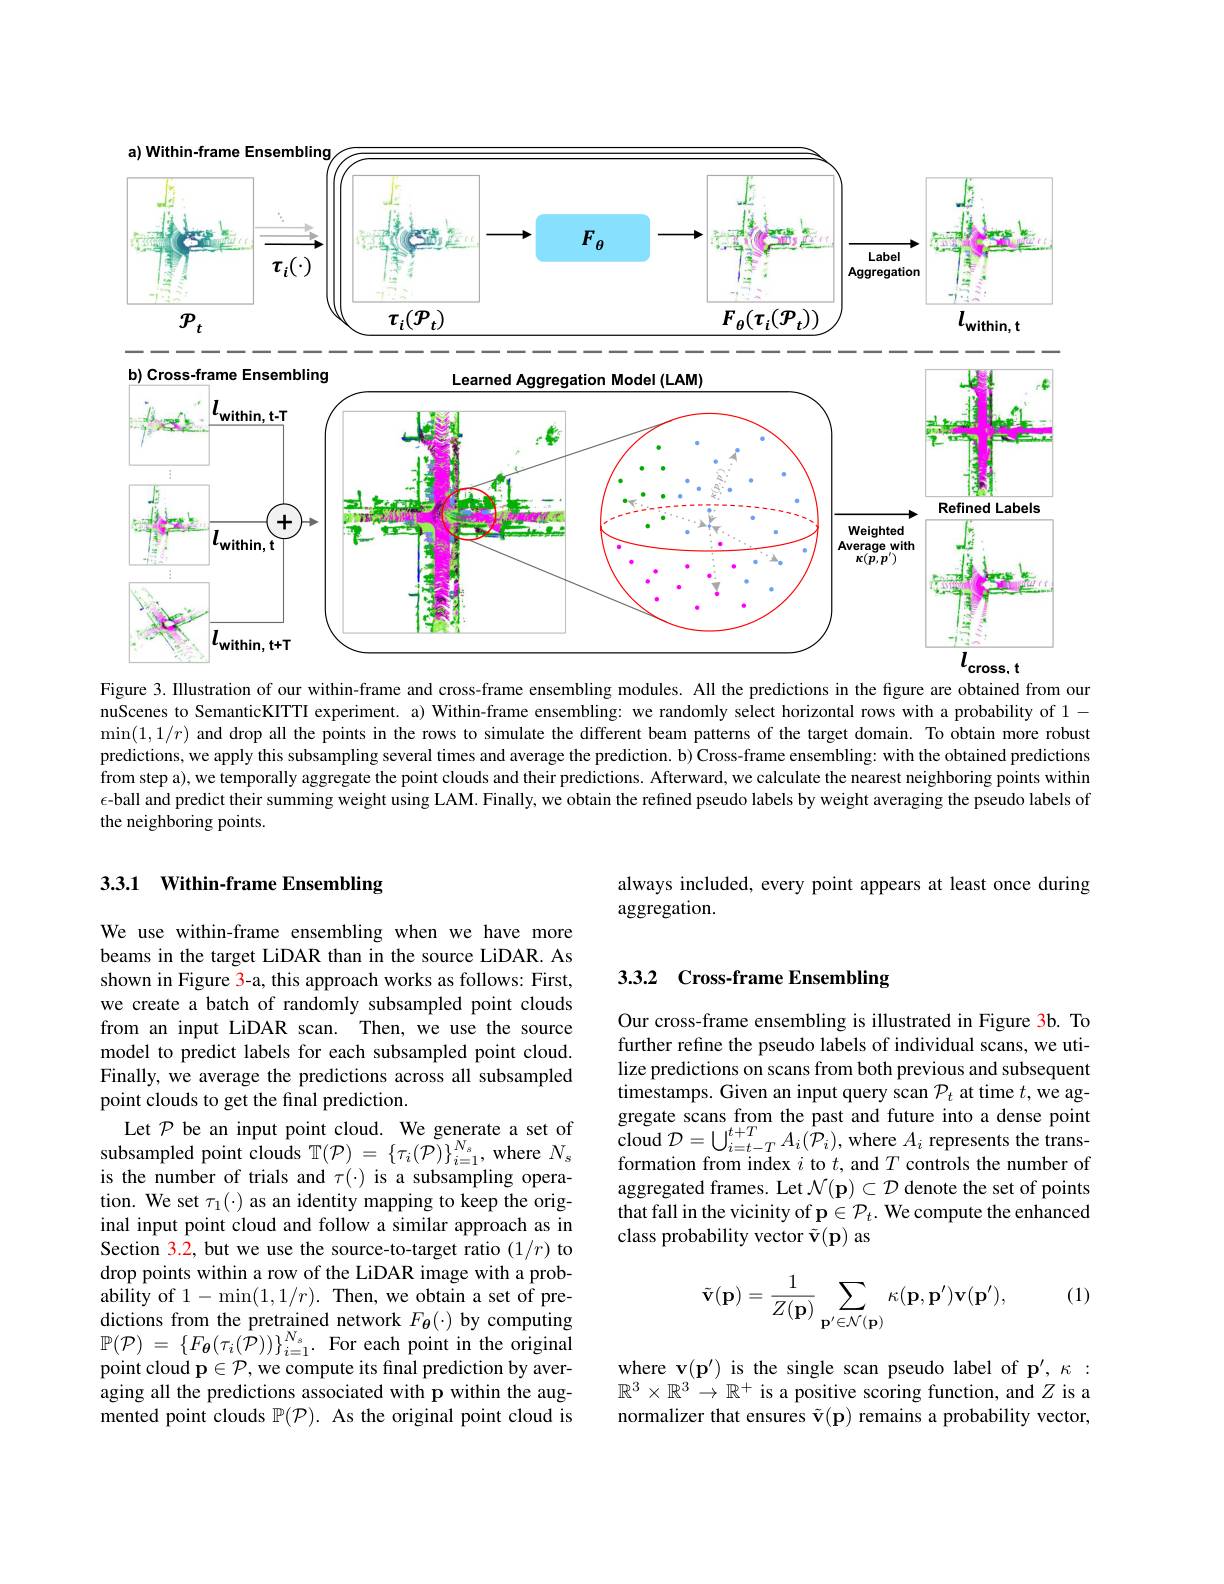
<FigureHere>

Figure 3. Illustration of our within-frame and cross-frame ensembling modules. All the predictions in the figure are obtained from our nuScenes to SemanticKITTI experiment. a) Within-frame ensembling: we randomly select horizontal rows with a probability of 1- $\min(1,1/r)$ and drop all the points in the rows to simulate the different beam patterns of the target domain. To obtain more robust predictions, we apply this subsampling several times and average the prediction. b) Cross-frame ensembling: with the obtained predictions from step a), we temporally aggregate the point clouds and their predictions. Afterward, we calculate the nearest neighboring points within $\epsilon$-ball and predict their summing weight using LAM. Finally, we obtain the refined pseudo labels by weight averaging the pseudo labels of the neighboring points.

## 3.3.1 Within-frame Ensembling

always included, every point appears at least once during
aggregation.

## 3.3.2 Cross-frame Ensembling

Our cross-frame ensembling is illustrated in Figure 3b. To further refine the pseudo labels of individual scans, we utilize predictions on scans from both previous and subsequent $\hat{\text{timestamps. Given an input query scan}}\mathcal{P}_{t}$ at time $t,\hat{\text{we ag-}}$ gregate scans from the past and future into a dense point $\begin{array}{l}{\mathrm{cloud~}\mathcal{D}=\bigcup_{i=t-T}^{t+T}A_{i}(\hat{\mathcal{P}}_{i}),\mathrm{where~}A_{i}\text{ represents the trans-}}\\{\mathrm{formation~from~index~}i\mathrm{~to~}t,\mathrm{~and~}T\text{ controls the number of}}\end{array}$ aggregated frames. Let $\mathcal{N}(\mathbf{p})\subset\mathcal{D}$ denote the set of points that fall in the vicinity of p $\in\mathcal{P}_t.$ We compute the enhanced class probability vector $\tilde{\mathbf{v}}(\mathbf{p})$ as

We use within-frame ensembling when we have more beams in the target LiDAR than in the source LiDAR. As shown in Figure 3-a, this approach works as follows: First, we create a batch of randomly subsampled point clouds from an input LiDAR scan. Then, we use the source model to predict labels for each subsampled point cloud. Finally, we average the predictions across all subsampled point clouds to get the final prediction.
$\begin{array}{c}\mathrm{Let~}\mathcal{P}&\mathrm{be~an~input~point~cloud.~We~generate~a~set~of}\\\mathrm{subsampled~point~clouds~T}(\mathcal{P})=\{\tau_i(\mathcal{P})\}_{i=1}^{N_s},\mathrm{where~}N_s\end{array}$ is the number of trials and $\tau(\cdot)$ is a subsampling operation. We set $\tau_1(\cdot)$ as an identity mapping to keep the original input point cloud and follow a similar approach as in Section 3.2, but we use the source-to-target ratio (1/r) to drop points within a row of the LiDAR image with a probability of $1-\min(1,1/r).$ Then, we obtain a set of predictions from the pretrained network $F_{\boldsymbol{\theta}}(\cdot)$ by computing $\mathbb{P} ( \mathcal{P} )$ = $\{ F_{\boldsymbol{\theta }}( \tau _{i}( \hat{\mathcal{P} } ) ) \} _{i= 1}^{N_{s}}.$ For each point in the original point cloud p$\in\mathcal{P}$, we compute its final prediction by averaging all the predictions associated with p within the augmented point clouds $\mathbb{P}(\mathcal{P}).$ As the original point cloud is

(1)
$$\tilde{\mathbf{v}}(\mathbf{p})=\frac{1}{Z(\mathbf{p})}\sum_{\mathbf{p}'\in\mathcal{N}(\mathbf{p})}\kappa(\mathbf{p},\mathbf{p}')\mathbf{v}(\mathbf{p}'),$$
where v$(\mathbf{p}^{\prime})$ is the single scan pseudo label of p', $\kappa:$ $\mathbb{R}^3\times\mathbb{R}^3\to\mathbb{R}^+$ is a positive scoring function, and $Z$ is a normalizer that ensures $\tilde{\mathbf{v}}(\mathbf{p})$ remains a probability vector,